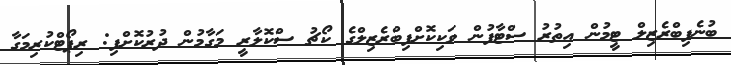
ބުނެފިބްރެޒިލް ޓީމުން އިތުރު ސްޓާފުން ވަކިކޮށްފިބްރެޒިލްގެ ކޯޗު ސްކޮލާރީ މަގާމުން ދުރުކޮށްފި: ރިޕޯޓްކުރިމަގާ